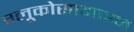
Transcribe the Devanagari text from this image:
ग्लूकोसामाइन